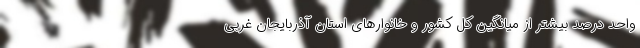
واحد درصد بیشتر از میانگین کل کشور و خانوارهای استان آذربایجان غربی